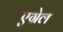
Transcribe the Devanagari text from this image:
एग्रेल